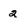
Character: 2